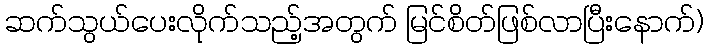
ဆက်သွယ်ပေးလိုက်သည့်အတွက် မြင်စိတ်ဖြစ်လာပြီးနောက်)